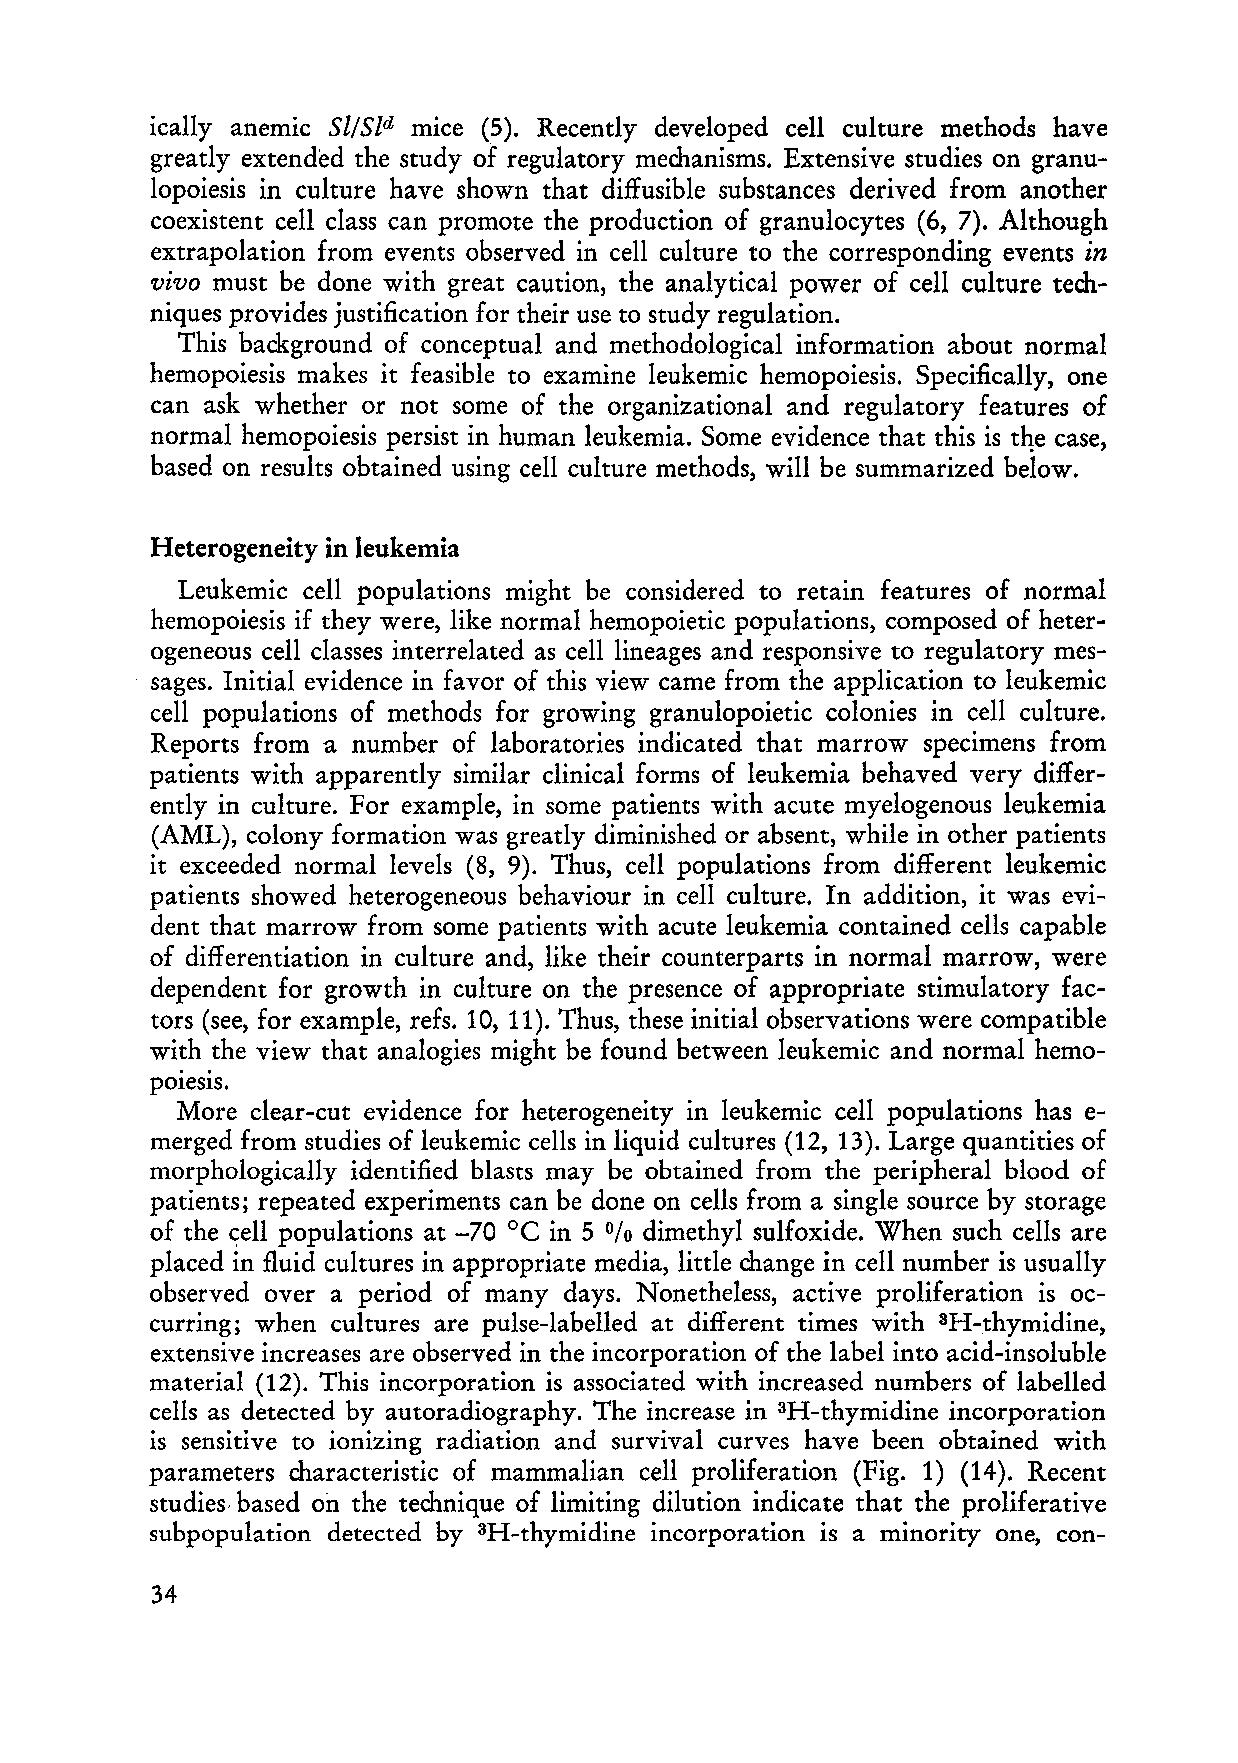
ically anemic Sl!Sld mice (5). Recently developed cell culture methods have
 greatly extended the study of regulatory mechanisms. Extensive studies on granu
 lopoiesis in culture have shown that diffusible substances derived from another
 co existent cell dass can promote the production of granulocytes (6, 7). Although
 extrapolation from events observed in cell culture to the corresponding events in
 vivo must be done with great caution, the analytical power of cell culture tech
 niques prov i des justification for their use to study regulation.
 This background of conceptual and methodological information about normal
 hemopoiesis makes it feasible to examine leukemic hemopoiesis. Specifically, one
 can ask whether or not some of the organizational and regulatory features of
 normal hemopoiesis persist in human leukemia. Some evidence that this is tqe case,
 based on results obtained using cell culture methods, will be summarized below.
 Heterogeneity in leukemia
 Leukemic cell populations might be considered to retain features of normal
 hemopoiesis if they were, like normal hemopoietic populations, composed of heter
 ogeneous cell dasses interrelated as celllineages and responsive to regulatory mes
 sages. Initial evidence in favor of this view came from the application to leukemic
 cell populations of methods for growing granulopoietic colonies in cell culture.
 Reports from a nu mb er of laboratories indicated that marrow specimens from
 patients with apparently similar dinical forms of leukemia behaved very differ
 ently in culture. For example, in some patients with acute myelogenous leukemia
 (AML), colony formation was greatly diminished or absent, while in other patients
 it exceeded normal levels (8, 9). Thus, cell populations from different leukemic
 patients showed heterogeneous behaviour in cell culture. In addition, it was evi
 dent that marrow from some patients with acute leukemia contained cells capable
 of differentiation in culture and, like their counterparts in normal marrow, were
 dependent for growth in culture on the presence of appropriate stimulatory fac
 tors (see, for example, refs. 10, 11). Thus, these initial observations were compatible
 with the view that analogies might be found between leukemic and normal hemo
 pOleSlS.
 More clear-cut evidence for heterogeneity in leukemic cell populations has e
 merged from studies of leukemic cells in liquid cultures (12, 13). Large quantities of
 morphologically identified bl asts may be obtained from the peripheral blood of
 patients; repeated experiments can be done on cells from a single source by storage
 oe
 of the c;eIl populations at -70 in 5 dimethyl sulfoxide. When such cells are
 %
 placed in fluid cultures in appropriate media, little change in cell number is usually
 observed over aperiod of many days. Nonetheless, active proliferation is oc
 curring; when cultures are pulse-Iabelled at different times with 3H-thymidine,
 extensive increases are observed in the incorporation of the label into acid-insoluble
 material (12). This incorporation is associated with increased numbers of labelIed
 cells as detected by autoradiography. The increase in 3H-thymidine incorporation
 is sensitive to ionizing radiation and survival curves have been obtained with
 parameters characteristic of mammalian cell proliferation (Fig. 1) (14). Recent
 studies, based on the technique of limiting dilution indicate that the proliferative
 subpopulation detected by 3H-thymidine incorporation is a minority one, con-
 34